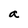
Character: a